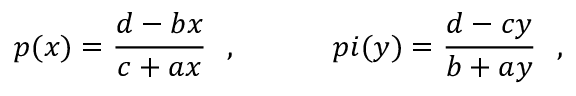
p ( x ) = \frac { d - b x } { c + a x } \ \ , \ \ \ \ \ \ \ \ \ \, p i ( y ) = \frac { d - c y } { b + a y } \ \ ,